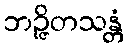
ဘဉ္ဇိတသန္တံ